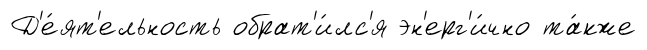
Д'е́ят'ельность обрат'и́лс'я эн'ерг'и́чно та́кже